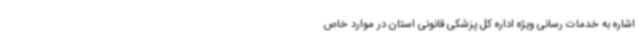
اشاره به خدمات رسانی ویژه اداره کل پزشکی قانونی استان در موارد خاص